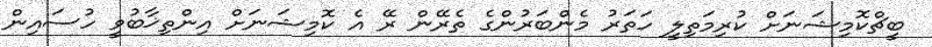
ބީޗްކޮމިޝަނަށް ކުރިމަތިލީ ހަތަރު މެންބަރުންގެ ތެރޭން ރޭ އެ ކޮމިޝަނަށް އިންތިޚާބުވީ ހުސައިން